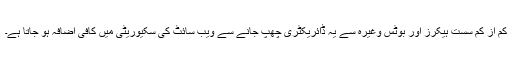
کم از کم سست ہیکرز اور بوٹس وغیرہ سے یہ ڈائریکٹری چھپ جانے سے ویب سائٹ کی سکیوریٹی میں کافی اضافہ ہو جاتا ہے۔